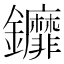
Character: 𨰞